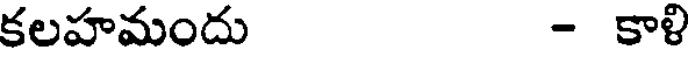
కలహమందు - కాళి